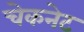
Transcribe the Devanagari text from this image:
चेकनेट